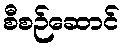
စီစဉ်ဆောင်